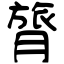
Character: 膂